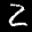
Label: 2